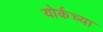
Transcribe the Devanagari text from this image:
योर्कच्या